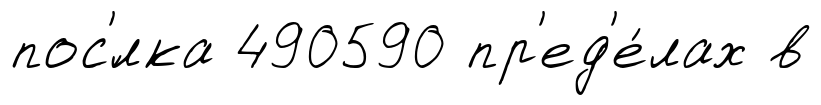
пос'́лка 490590 пр'ед'е́лах в